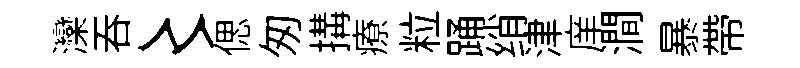
灤呑〻偲匆搆療粒踊绡津庠澗暴帶